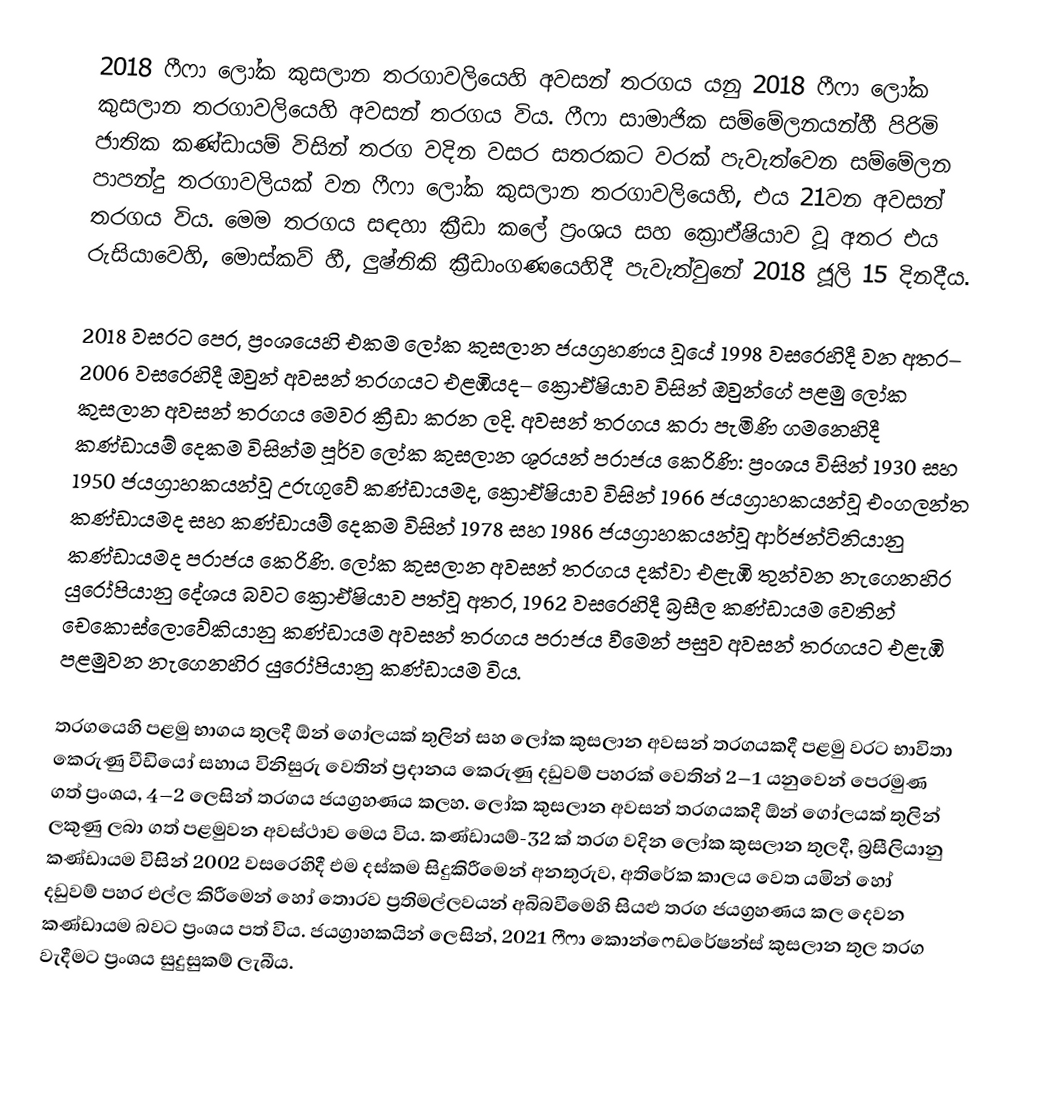
2018 ෆීෆා ලෝක කුසලාන තරගාවලියෙහි අවසන් තරගය යනු   2018 ෆීෆා ලෝක කුසලාන තරගාවලියෙහි අවසන් තරගය විය. ෆීෆා සාමාජික සම්මේලනයන්හී පිරිමි ජාතික කණ්ඩායම් විසින් තරග වදින වසර සතරකට වරක් පැවැත්වෙන සම්මේලන පාපන්දු තරගාවලියක් වන   ෆීෆා ලෝක කුසලාන තරගාවලියෙහි,   එය  21වන අවසන් තරගය විය. මෙම තරගය සඳහා ක්‍රීඩා කලේ  ප්‍රංශය සහ ක්‍රොඒෂියාව වූ අතර එය රුසියාවෙහි, මොස්කව් හී,   ලුෂ්නිකි ක්‍රීඩාංගණයෙහිදී පැවැත්වුනේ 2018 ජූලි 15 දිනදීය.

2018 වසරට පෙර, ප්‍රංශයෙහි එකම ලෝක කුසලාන ජයග්‍රහණය වූයේ  1998 වසරෙහිදී වන අතර– 2006 වසරෙහිදී ඔවුන් අවසන් තරගයට එළඹියද– ක්‍රොඒෂියාව විසින් ඔවුන්ගේ පළමු ලෝක කුසලාන අවසන් තරගය මෙවර ක්‍රීඩා කරන ලදි. අවසන් තරගය කරා පැමිණි ගමනෙහිදී කණ්ඩායම් දෙකම විසින්ම පූර්ව ලෝක කුසලාන ශූරයන් පරාජය කෙරිණි: ප්‍රංශය විසින් 1930 සහ 1950 ජයග්‍රාහකයන්වූ උරුගුවේ කණ්ඩායමද, ක්‍රොඒෂියාව විසින්  1966 ජයග්‍රාහකයන්වූ  එංගලන්ත කණ්ඩායමද සහ කණ්ඩායම් දෙකම විසින් 1978 සහ 1986 ජයග්‍රාහකයන්වූ  ආර්ජන්ටිනියානු කණ්ඩායමද පරාජය කෙරිණි. ලෝක කුසලාන අවසන් තරගය දක්වා එළැඹි තුන්වන නැගෙනහිර යුරෝපියානු දේශය බවට ක්‍රොඒෂියාව පත්වූ අතර, 1962 වසරෙහිදී  බ්‍රසීල කණ්ඩායම වෙතින් චෙකොස්ලොවේකියානු කණ්ඩායම අවසන් තරගය පරාජය වීමෙන් පසුව අවසන් තරගයට එළැඹි පළමුවන නැගෙනහිර යුරෝපියානු කණ්ඩායම විය.

තරගයෙහි පළමු භාගය තුලදී ඕන් ගෝලයක් තුලින් සහ ලෝක කුසලාන අවසන් තරගයකදී  පළමු වරට භාවිතා කෙරුණු වීඩියෝ සහාය විනිසුරු වෙතින් ප්‍රදානය කෙරුණු දඩුවම් පහරක් වෙතින්  2–1 යනුවෙන් පෙරමුණ ගත් ප්‍රංශය,  4–2 ලෙසින් තරගය ජයග්‍රහණය කලහ. ලෝක කුසලාන අවසන් තරගයකදී ඕන් ගෝලයක් තුලින් ලකුණු ලබා ගත් පළමුවන අවස්ථාව මෙය විය. කණ්ඩායම්-32 ක් තරග වදින ලෝක කුසලාන තුලදී, බ්‍රසීලියානු කණ්ඩායම විසින් 2002 වසරෙහිදී එම දස්කම සිදුකිරීමෙන් අනතුරුව,   අතිරේක කාලය වෙත යමින් හෝ දඩුවම් පහර එල්ල කිරීමෙන් හෝ තොරව ප්‍රතිමල්ලවයන් අබිබවීමෙහි සියළු තරග ජයග්‍රහණය කල දෙවන කණ්ඩායම බවට ප්‍රංශය පත් විය. ජයග්‍රාහකයින් ලෙසින්, 2021 ෆීෆා කොන්ෆෙඩරේෂන්ස් කුසලාන තුල තරග වැදීමට ප්‍රංශය සුදුසුකම් ලැබීය.